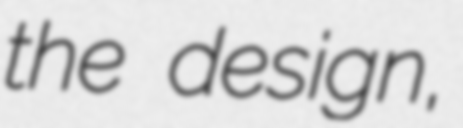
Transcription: the design,